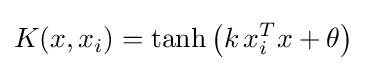
K(x,x_{i})=\tanh \left({k\,x_{i}^{T}x+\theta }\right)